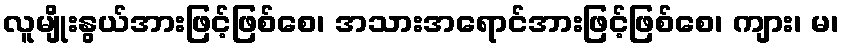
လူမျိုးနွယ်အားဖြင့်ဖြစ်စေ၊ အသားအရောင်အားဖြင့်ဖြစ်စေ၊ ကျား၊ မ၊